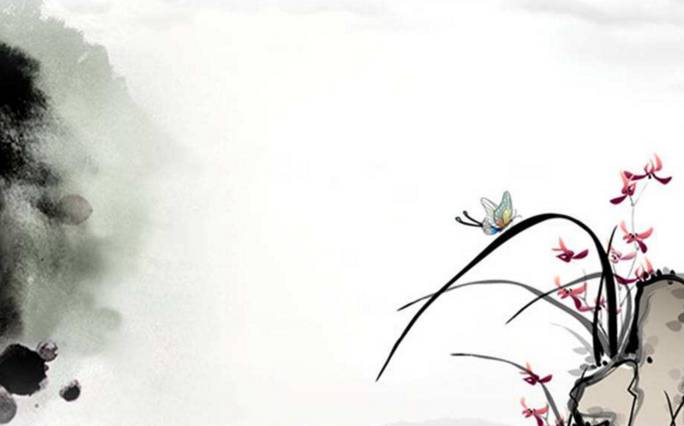
别后不知君远近。触目凄凉多少闷。